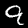
Label: 9